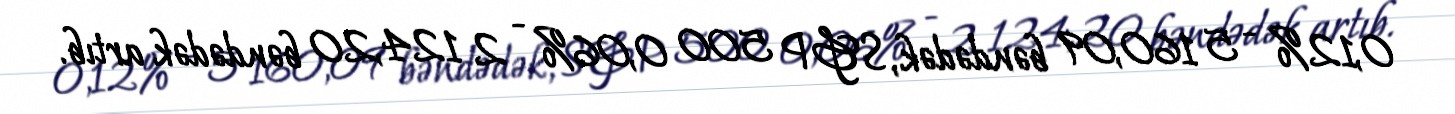
0,12% - 5 160,09 bəndədək, S&P 500 0,06% - 2 124,20 bəndədək artıb.